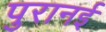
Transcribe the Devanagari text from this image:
पुरानई